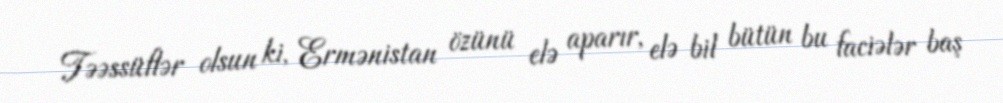
Təəssüflər olsun ki, Ermənistan özünü elə aparır, elə bil bütün bu faciələr baş